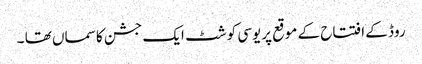
روڈ کے افتتاح کے موقع پریوسی کوشٹ ایک جشن کا سماں تھا ۔